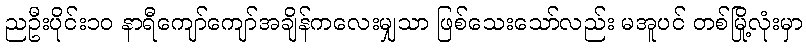
ညဦးပိုင်း၁၀ နာရီကျော်ကျော်အချိန်ကလေးမျှသာ ဖြစ်သေးသော်လည်း မအူပင် တစ်မြို့လုံးမှာ